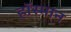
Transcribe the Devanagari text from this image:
हॉस्मान